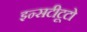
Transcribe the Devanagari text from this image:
इन्सटीटूटो